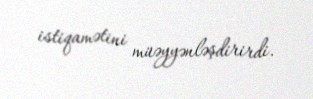
istiqamətini müəyyənləşdirirdi.